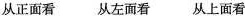
从正面看 从左面看 从上面看